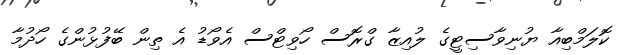
ކޮލަމްބިއާ ޔުނިވާސިޓީގެ ލުއިޒާ ގްރޮސް ހޯވިޓްސް އެވޯޑު އެ ތިން ބޭފުޅުންގެ ހޯދުމާ